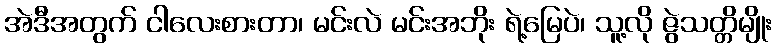
အဲဒီအတွက် ငါလေးစားတာ၊ မင်းလဲ မင်းအဘိုး ရဲ့မြေပဲ၊ သူ့လို ဇွဲသတ္တိမျိုး